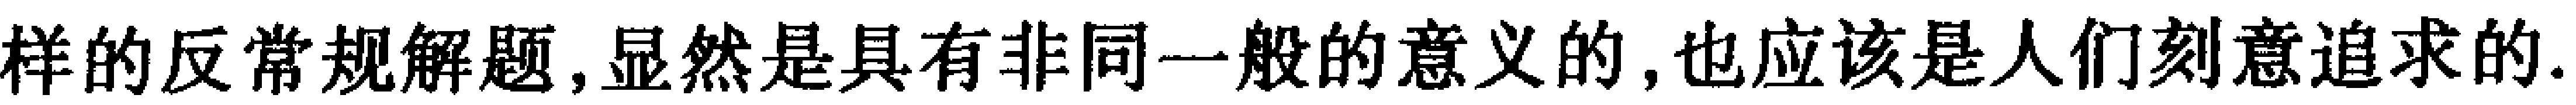
这样的反常规解题,显然是具有非同一般的意义的,也应该是人们刻意追求的.